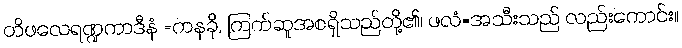
တိဖလေရဏ္ဍကာဒီနံ =ကနခို, ကြက်ဆူအစရှိသည်တို့၏၊ ဖလံ=အသီးသည် လည်းကောင်း။